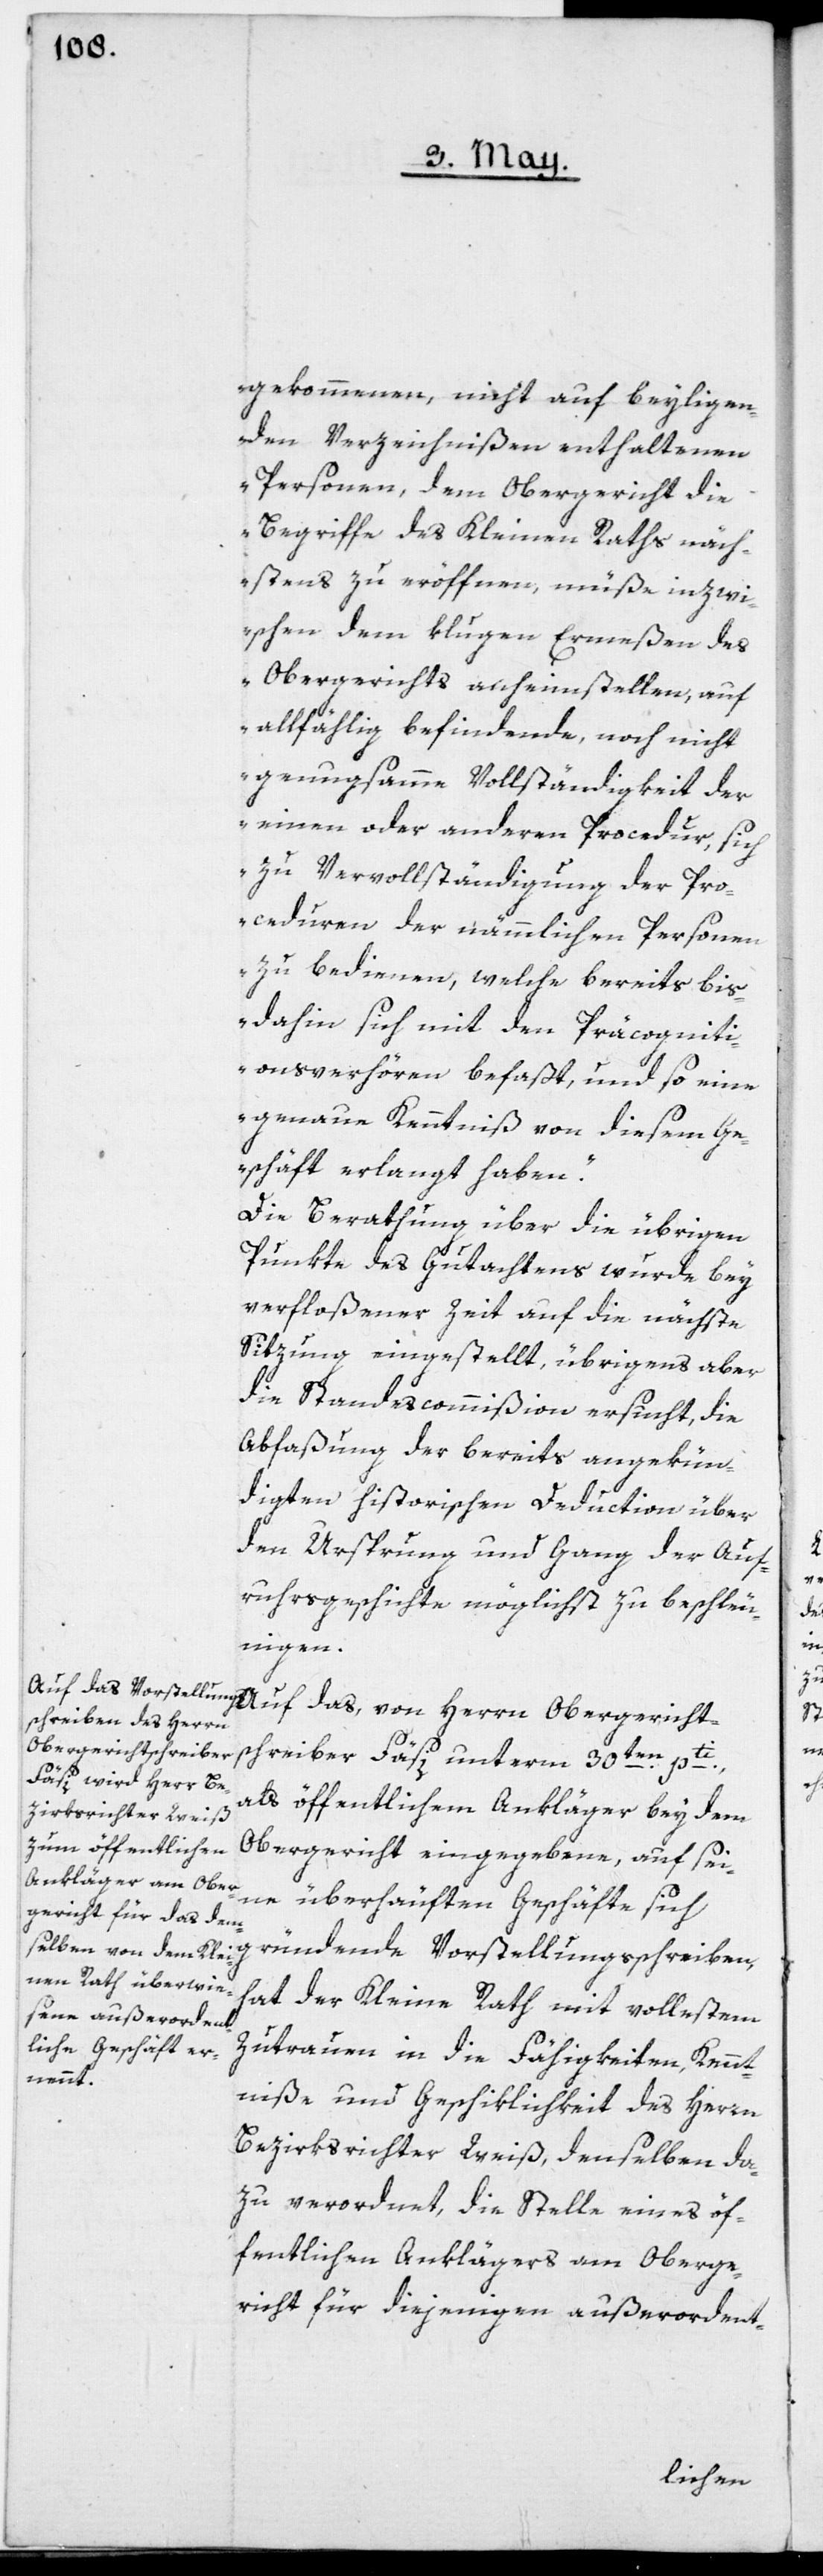
gekommenen, nicht auf beyliegen¬
den Verzeichnißen enthaltenen
Personen, dem Obergericht die
Begriffe des Kleinen Raths näch¬
stens zu eröffnen, müße inzwi¬
schen dem klugen Ermeßen des
Obergerichts anheimstellen, auf
allfählig befindende, noch nicht
genugsamme Vollständigkeit der
einen oder anderen Procedur, sich
zu Vervollständigung der Pro¬
ceduren der nämmlichen Personen
zu bedienen, welche bereits bis¬
dahin sich mit den Präcogniti¬
onsverhören befaßt, und so eine
genaue Kenntniß von diesem Ge¬
schäft erlangt haben.“
Die Berathung über die übrigen
Punkte des Gutachtens wurde bey
verfloßener Zeit auf die nächste
Sitzung eingestellt, übrigens aber
die Standescommißion ersucht, die
Abfaßung der bereits angekün¬
digten historischen Deduction über
den Ursprung und Gang der Auf¬
ruhrsgeschichte möglichst zu beschleu¬
nigen.
Obergerichtschreiber
als öffentlichem Ankläger bey dem
Obergericht eingegebene, auf sei¬
ne überhäuften Geschäfte sich
gründende Vorstellungsschreiben,
hat der Kleine Rath mit vollestem
Zutrauen in die Fähigkeiten, Kennt¬
niße und Geschiklichkeit des Herren
Bezirksrichter Weiß, denselben da¬
zu verordnet, die Stelle eines öf¬
fentlichen Anklägers am Oberge¬
richt für diejenigen außerordent-